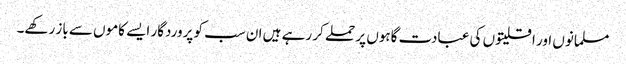
مسلمانوں اور اقلیتوں کی عبادت گاہوں پر حملے کر رہے ہیں ان سب کو پروردگار ایسے کاموں سے باز رکھے۔